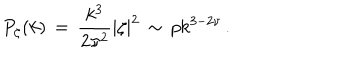
LaTeX: P _ { \zeta } ( k ) \, = \, { \frac { k ^ { 3 } } { 2 \pi ^ { 2 } } } | \zeta | ^ { 2 } \, \sim \, p k ^ { 3 - 2 \nu } \, .